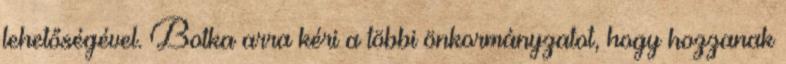
lehetőségével. Botka arra kéri a többi önkormányzatot, hogy hozzanak